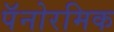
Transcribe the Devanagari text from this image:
पॅनोरमिक